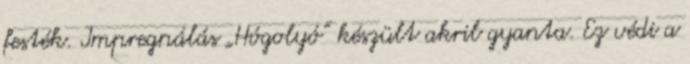
festék. Impregnálás „Hógolyó” készült akril gyanta. Ez védi a